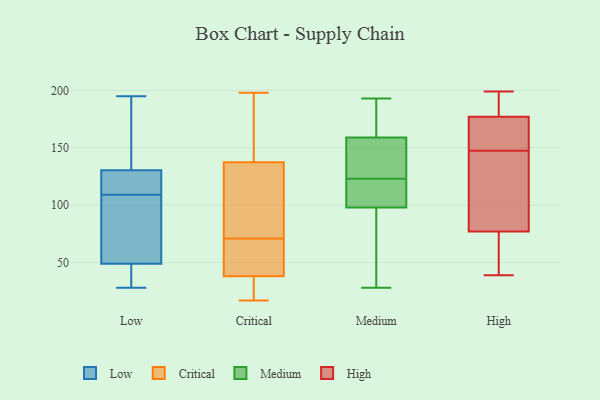
{"axis": {"x": "Budget (USD K)", "y": "Value"}, "legend": ["Critical", "High", "Low", "Medium"], "data": [{"x": "", "y": 47, "type": "Low"}, {"x": "", "y": 116, "type": "Low"}, {"x": "", "y": 116, "type": "Low"}, {"x": "", "y": 186, "type": "Low"}, {"x": "", "y": 51, "type": "Low"}, {"x": "", "y": 102, "type": "Low"}, {"x": "", "y": 28, "type": "Low"}, {"x": "", "y": 67, "type": "Low"}, {"x": "", "y": 195, "type": "Low"}, {"x": "", "y": 130, "type": "Low"}, {"x": "", "y": 131, "type": "Low"}, {"x": "", "y": 47, "type": "Low"}, {"x": "", "y": 57, "type": "Critical"}, {"x": "", "y": 198, "type": "Critical"}, {"x": "", "y": 32, "type": "Critical"}, {"x": "", "y": 185, "type": "Critical"}, {"x": "", "y": 17, "type": "Critical"}, {"x": "", "y": 123, "type": "Critical"}, {"x": "", "y": 71, "type": "Critical"}, {"x": "", "y": 40, "type": "Critical"}, {"x": "", "y": 87, "type": "Critical"}, {"x": "", "y": 31, "type": "Critical"}, {"x": "", "y": 113, "type": "Critical"}, {"x": "", "y": 50, "type": "Critical"}, {"x": "", "y": 181, "type": "Critical"}, {"x": "", "y": 146, "type": "Medium"}, {"x": "", "y": 140, "type": "Medium"}, {"x": "", "y": 168, "type": "Medium"}, {"x": "", "y": 128, "type": "Medium"}, {"x": "", "y": 43, "type": "Medium"}, {"x": "", "y": 97, "type": "Medium"}, {"x": "", "y": 159, "type": "Medium"}, {"x": "", "y": 115, "type": "Medium"}, {"x": "", "y": 178, "type": "Medium"}, {"x": "", "y": 193, "type": "Medium"}, {"x": "", "y": 28, "type": "Medium"}, {"x": "", "y": 118, "type": "Medium"}, {"x": "", "y": 99, "type": "Medium"}, {"x": "", "y": 96, "type": "Medium"}, {"x": "", "y": 98, "type": "Medium"}, {"x": "", "y": 111, "type": "Medium"}, {"x": "", "y": 191, "type": "Medium"}, {"x": "", "y": 130, "type": "Medium"}, {"x": "", "y": 85, "type": "High"}, {"x": "", "y": 69, "type": "High"}, {"x": "", "y": 53, "type": "High"}, {"x": "", "y": 124, "type": "High"}, {"x": "", "y": 160, "type": "High"}, {"x": "", "y": 174, "type": "High"}, {"x": "", "y": 180, "type": "High"}, {"x": "", "y": 180, "type": "High"}, {"x": "", "y": 39, "type": "High"}, {"x": "", "y": 65, "type": "High"}, {"x": "", "y": 166, "type": "High"}, {"x": "", "y": 95, "type": "High"}, {"x": "", "y": 135, "type": "High"}, {"x": "", "y": 198, "type": "High"}, {"x": "", "y": 163, "type": "High"}, {"x": "", "y": 199, "type": "High"}]}